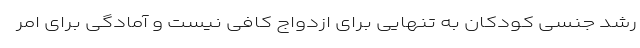
رشد جنسی کودکان به تنهایی برای ازدواج کافی نیست و آمادگی برای امر